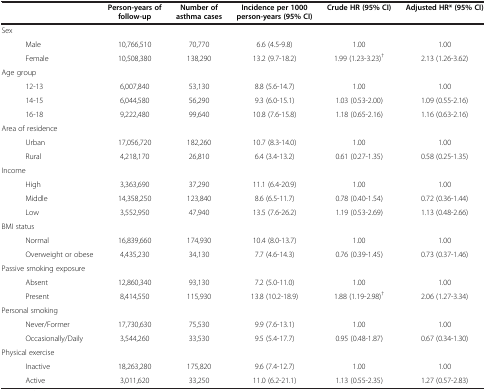
<table><thead><tr><td><b> </b></td><td><b>Person-years of follow-up</b></td><td><b>Number of asthma cases</b></td><td><b>Incidence per 1000 person-years (95% CI)</b></td><td><b>Crude HR (95% CI)</b></td><td><b>Adjusted HR* (95% CI)</b></td></tr></thead><tbody><tr><td>Sex</td><td> </td><td> </td><td> </td><td> </td><td> </td></tr><tr><td>Male</td><td>10,766,510</td><td>70,770</td><td>6.6 (4.5-9.8)</td><td>1.00</td><td>1.00</td></tr><tr><td>Female</td><td>10,508,380</td><td>138,290</td><td>13.2 (9.7-18.2)</td><td>1.99 (1.23-3.23)<sup>†</sup></td><td>2.13 (1.26-3.62)</td></tr><tr><td>Age group</td><td> </td><td> </td><td> </td><td> </td><td> </td></tr><tr><td>12-13</td><td>6,007,840</td><td>53,130</td><td>8.8 (5.6-14.7)</td><td>1.00</td><td>1.00</td></tr><tr><td>14-15</td><td>6,044,580</td><td>56,290</td><td>9.3 (6.0-15.1)</td><td>1.03 (0.53-2.00)</td><td>1.09 (0.55-2.16)</td></tr><tr><td>16-18</td><td>9,222,480</td><td>99,640</td><td>10.8 (7.6-15.8)</td><td>1.18 (0.65-2.16)</td><td>1.16 (0.63-2.16)</td></tr><tr><td>Area of residence</td><td> </td><td> </td><td> </td><td> </td><td> </td></tr><tr><td>Urban</td><td>17,056,720</td><td>182,260</td><td>10.7 (8.3-14.0)</td><td>1.00</td><td>1.00</td></tr><tr><td>Rural</td><td>4,218,170</td><td>26,810</td><td>6.4 (3.4-13.2)</td><td>0.61 (0.27-1.35)</td><td>0.58 (0.25-1.35)</td></tr><tr><td>Income</td><td> </td><td> </td><td> </td><td> </td><td> </td></tr><tr><td>High</td><td>3,363,690</td><td>37,290</td><td>11.1 (6.4-20.9)</td><td>1.00</td><td>1.00</td></tr><tr><td>Middle</td><td>14,358,250</td><td>123,840</td><td>8.6 (6.5-11.7)</td><td>0.78 (0.40-1.54)</td><td>0.72 (0.36-1.44)</td></tr><tr><td>Low</td><td>3,552,950</td><td>47,940</td><td>13.5 (7.6-26.2)</td><td>1.19 (0.53-2.69)</td><td>1.13 (0.48-2.66)</td></tr><tr><td>BMI status</td><td> </td><td> </td><td> </td><td> </td><td> </td></tr><tr><td>Normal</td><td>16,839,660</td><td>174,930</td><td>10.4 (8.0-13.7)</td><td>1.00</td><td>1.00</td></tr><tr><td>Overweight or obese</td><td>4,435,230</td><td>34,130</td><td>7.7 (4.6-14.3)</td><td>0.76 (0.39-1.45)</td><td>0.73 (0.37-1.46)</td></tr><tr><td>Passive smoking exposure</td><td> </td><td> </td><td> </td><td> </td><td> </td></tr><tr><td>Absent</td><td>12,860,340</td><td>93,130</td><td>7.2 (5.0-11.0)</td><td>1.00</td><td>1.00</td></tr><tr><td>Present</td><td>8,414,550</td><td>115,930</td><td>13.8 (10.2-18.9)</td><td>1.88 (1.19-2.98)<sup>†</sup></td><td>2.06 (1.27-3.34)</td></tr><tr><td>Personal smoking</td><td> </td><td> </td><td> </td><td> </td><td> </td></tr><tr><td>Never/Former</td><td>17,730,630</td><td>75,530</td><td>9.9 (7.6-13.1)</td><td>1.00</td><td>1.00</td></tr><tr><td>Occasionally/Daily</td><td>3,544,260</td><td>33,530</td><td>9.5 (5.4-17.7)</td><td>0.95 (0.48-1.87)</td><td>0.67 (0.34-1.30)</td></tr><tr><td>Physical exercise</td><td> </td><td> </td><td> </td><td> </td><td> </td></tr><tr><td>Inactive</td><td>18,263,280</td><td>175,820</td><td>9.6 (7.4-12.7)</td><td>1.00</td><td>1.00</td></tr><tr><td>Active</td><td>3,011,620</td><td>33,250</td><td>11.0 (6.2-21.1)</td><td>1.13 (0.55-2.35)</td><td>1.27 (0.57-2.83)</td></tr></tbody></table>